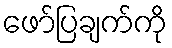
ဖော်ပြချက်ကို